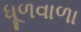
ધૂળવાળા